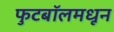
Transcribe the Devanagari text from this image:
फुटबॉलमधून